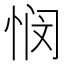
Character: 悯